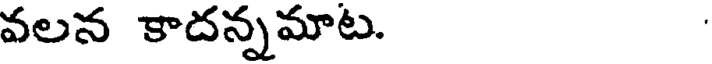
వలన కాదన్నమాట.